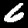
Digit: 6